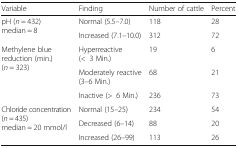
<table><thead><tr><td><b>Variable</b></td><td><b>Finding</b></td><td><b>Number of cattle</b></td><td><b>Percent</b></td></tr></thead><tbody><tr><td rowspan="2">pH (<i>n</i> = 432)median = 8</td><td>Normal (5.5–7.0)</td><td>118</td><td>28</td></tr><tr><td>Increased (7.1–10.0)</td><td>312</td><td>72</td></tr><tr><td rowspan="3">Methylene blue reduction (min.)(<i>n</i> = 323)</td><td>Hyperreactive (&lt;3 Min.)</td><td>19</td><td>6</td></tr><tr><td>Moderately reactive (3–6 Min.)</td><td>68</td><td>21</td></tr><tr><td>Inactive (&gt;6 Min.)</td><td>236</td><td>73</td></tr><tr><td rowspan="3">Chloride concentration (<i>n</i> = 435)median = 20 mmol/l</td><td>Normal (15–25)</td><td>234</td><td>54</td></tr><tr><td>Decreased (6–14)</td><td>88</td><td>20</td></tr><tr><td>Increased (26–99)</td><td>113</td><td>26</td></tr></tbody></table>